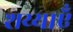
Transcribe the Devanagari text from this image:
शय्याएँ